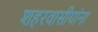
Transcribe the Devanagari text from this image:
शहरवासीयांना